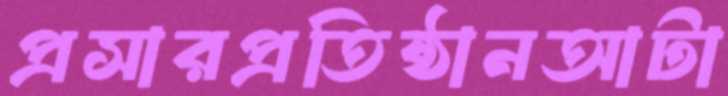
প্রসারপ্রতিষ্ঠানআটা